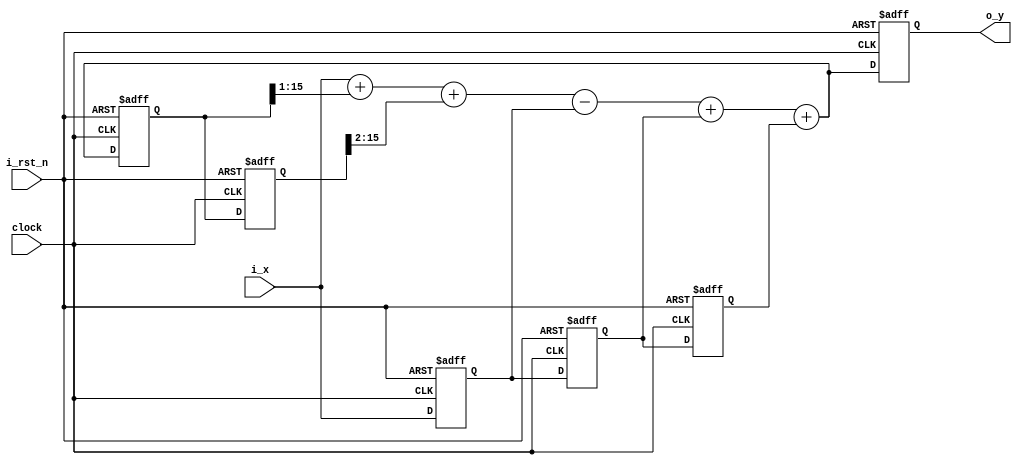
// Toplevel del ejercicio 4 GP01
//! @title Toplevel del Ej4
//! @file ej4.v
//! @author MartinE

module top_ej_4
#(
    parameter NB_DATA  =   16
)
(
    output  [NB_DATA-1 : 0]      o_y,
    input   [NB_DATA-1 : 0]      i_x,
    input                        i_rst_n,
    input                        clock
);

reg     [NB_DATA-1 : 0]      r_xm1;             //! x[n-1]
reg     [NB_DATA-1 : 0]      r_xm2;             //! x[n-2]
reg     [NB_DATA-1 : 0]      r_xm3;             //! x[n-3]
reg     [NB_DATA-1 : 0]      r_y;               //! y[n]
reg     [NB_DATA-1 : 0]      r_ym1;             //! y[n-1]
reg     [NB_DATA-1 : 0]      r_ym1_shifted;     //! y[n-1]*0,5
reg     [NB_DATA-1 : 0]      r_ym2;             //! y[n-2]*0,25
reg     [NB_DATA-1 : 0]      r_ym2_shifted;     //! y[n-1]

always  @(posedge clock or negedge i_rst_n )
begin

    if(!i_rst_n) begin
        r_xm1   =  0;  //! Pongo todo en cero
        r_xm2   =  0;
        r_xm3   =  0;
        r_y     =  0;
        r_ym1   =  0;
        r_ym2   =  0;
    end
    else begin

        //! Hago los shift
        r_ym1_shifted = r_ym1 >>> 1;
        r_ym2_shifted = r_ym2 >>> 2;
        //! Hago la cuenta
        r_y     =  i_x + r_ym1_shifted + r_ym2_shifted- r_xm1 + r_xm2 + r_xm3 ;
        //! y   =   x[n] - x[n-1] + x[n-2] + x[n-3] + 0,5*y[n-1] + 0,25*y[n-2]

       //! Actualizo el historial de las entradas
        r_xm3   <=  r_xm2;
        r_xm2   <=  r_xm1;
        r_xm1   <=  i_x;
        
        //! Actualizo el historial de las salidas
        r_ym2   <=  r_ym1;
        r_ym1   <=  r_y;
    end

end 

assign o_y = r_y;
endmodule